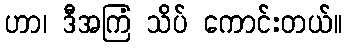
ဟာ၊ ဒီအကြံ သိပ် ကောင်းတယ်။